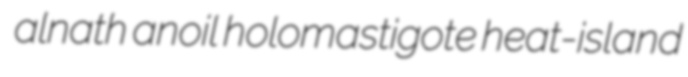
alnath anoil holomastigote heat-island